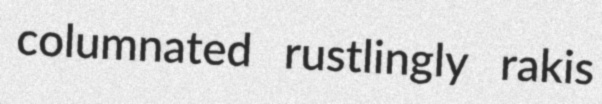
columnated rustlingly rakis